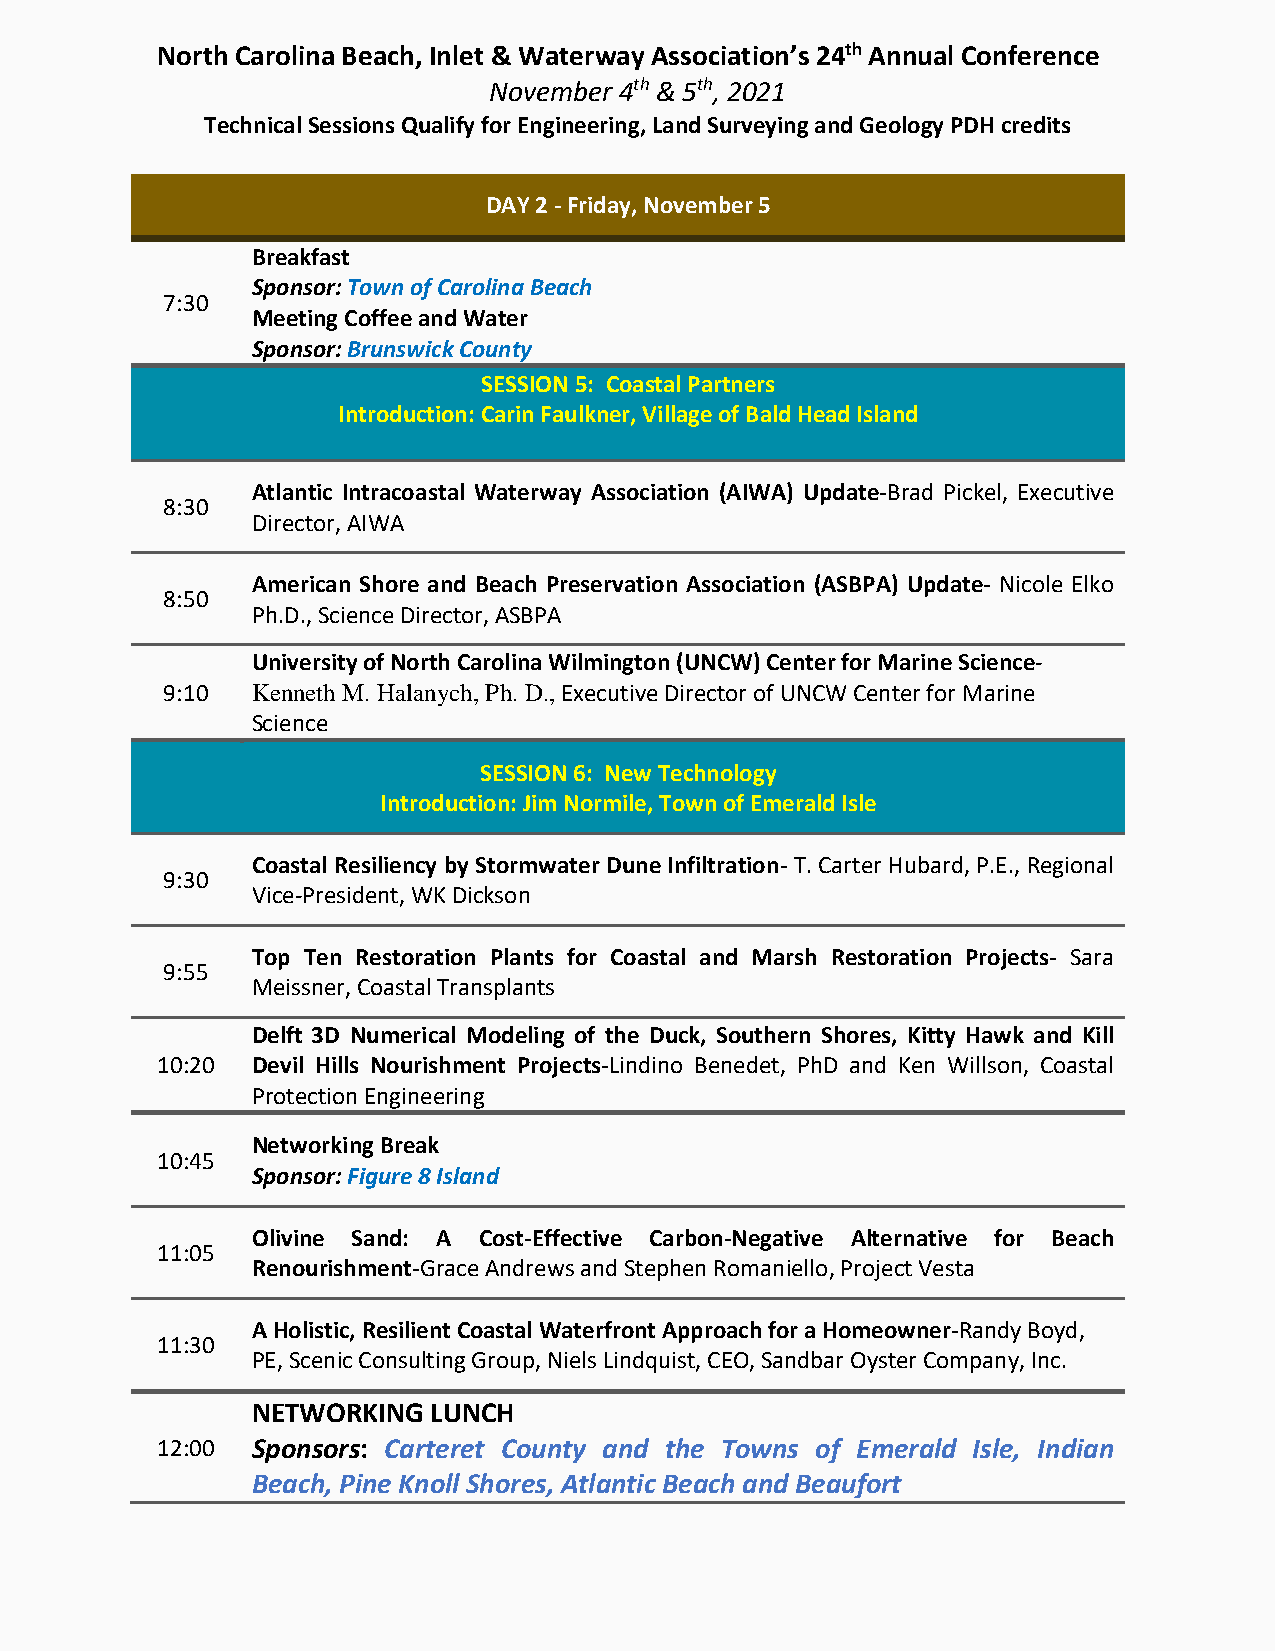
North Carolina Beach, Inlet & Waterway Association’s 24th Annual Conference
 November 4th & 5th, 2021
 Technical Sessions Qualify for Engineering, Land Surveying and Geology PDH credits
 DAY 2 - Friday, November 5
 Breakfast
 Sponsor: Town of Carolina Beach
 7:30
 Meeting Coffee and Water
 Sponsor: Brunswick County
 SESSION 5: Coastal Partners
 Introduction: Carin Faulkner, Village of Bald Head Island
 Atlantic Intracoastal Waterway Association (AIWA) Update-Brad Pickel, Executive
 8:30
 Director, AIWA
 American Shore and Beach Preservation Association (ASBPA) Update- Nicole Elko
 8:50
 Ph.D., Science Director, ASBPA
 University of North Carolina Wilmington (UNCW) Center for Marine Science-
 9:10  Kenneth M. Halanych, Ph. D., Executive Director of UNCW Center for Marine
 Science
 SESSION 6: New Technology
 Introduction: Jim Normile, Town of Emerald Isle
 Coastal Resiliency by Stormwater Dune Infiltration- T. Carter Hubard, P.E., Regional
 9:30
 Vice-President, WK Dickson
 Top Ten Restoration Plants for Coastal and Marsh Restoration Projects- Sara
 9:55
 Meissner, Coastal Transplants
 Delft 3D Numerical Modeling of the Duck, Southern Shores, Kitty Hawk and Kill
 10:20  Devil Hills Nourishment Projects-Lindino Benedet, PhD and Ken Willson, Coastal
 Protection Engineering
 Networking Break
 10:45
 Sponsor: Figure 8 Island
 Olivine Sand: A Cost-Effective Carbon-Negative Alternative for Beach
 11:05
 Renourishment-Grace Andrews and Stephen Romaniello, Project Vesta
 A Holistic, Resilient Coastal Waterfront Approach for a Homeowner-Randy Boyd,
 11:30
 PE, Scenic Consulting Group, Niels Lindquist, CEO, Sandbar Oyster Company, Inc.
 NETWORKING LUNCH
 12:00  Sponsors: Carteret County and the Towns of Emerald Isle, Indian
 Beach, Pine Knoll Shores, Atlantic Beach and Beaufort